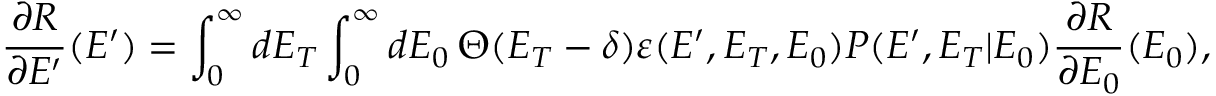
{ \frac { \partial R } { \partial E ^ { \prime } } ( E ^ { \prime } ) } = \int _ { 0 } ^ { \infty } \mathop { d E _ { T } } \int _ { 0 } ^ { \infty } \mathop { d E _ { 0 } } \Theta ( E _ { T } - \delta ) \varepsilon ( E ^ { \prime } , E _ { T } , E _ { 0 } ) P ( E ^ { \prime } , E _ { T } | E _ { 0 } ) \frac { \partial R } { \partial E _ { 0 } } ( E _ { 0 } ) ,